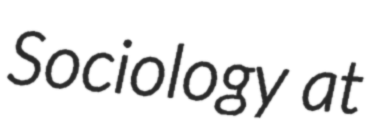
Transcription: Sociology at